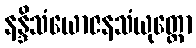
နန္ဒိသံယောဇနသံယုတ္တော